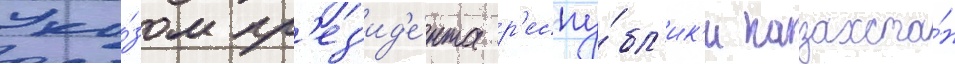
Ука́зом пр'ез'ид'е́нта р'еспу́бл'ик'и казахста́н